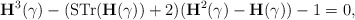
\begin{align*}{\bf H}^3(\gamma) -({\rm STr}({\bf H}(\gamma))+2)({\bf H}^2(\gamma)-{\bf H}(\gamma))-1 =0,\end{align*}